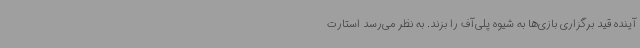
آینده قید برگزاری بازی‌ها به شیوه پلی‌آف را بزند. به نظر می‌رسد استارت